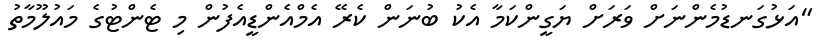
"އަޅުގަނޑުމެންނަށް ވަރަށް ޔަގީންކަމާ އެކު ބުނަން ކެރޭ އެމްއެންޑީއެފުން މި ޓެންޓުގެ މައުލޫމާތު